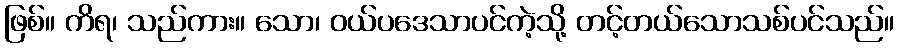
ဖြစ်။ ကိရ၊ သည်ကား။ သော၊ ဝယ်ပဒေသာပင်ကဲ့သို့ တင့်တယ်သောသစ်ပင်သည်။